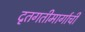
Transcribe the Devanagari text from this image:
दृतगतीमार्गाची